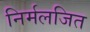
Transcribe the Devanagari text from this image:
निर्मलजित